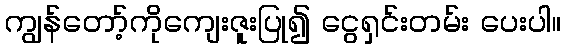
ကျွန်တော့်ကိုကျေးဇူးပြု၍ ငွေရှင်းတမ်း ပေးပါ။